Annual report of lunatic asylums [Bombay] - 1912-1922
Year: 1912
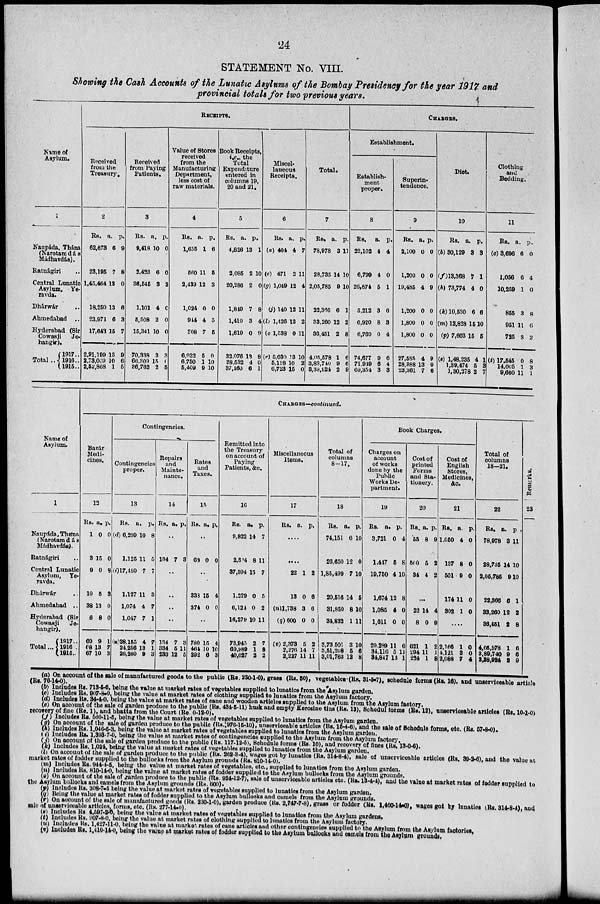
24
STATEMENT No. VIII.
Showing the Cash Accounts of the Lunatic Asylums of the Bombay Presidency for the year 1917 and
provincial totals for two previous years.
Name of
Asylum.
1
Naunáda, Thána
Narotamdás
Mádhavdás).
Ratnágiri ..
Central Lunatic
Asylum, Ye-
ravda.
Dhárwár ..
Ahmedabad ..
Hyderabad (Sir
Cowasji
Je-
hangir).
Total..
1917 ..
1916..
1915..
RECEIPTS.
Received
from the
Treasury.
2
Rs.
62,673
23,195
1,45,464
18,250
23,971
17,643
2,91,199
2,73,009
2,52,868
a.
6
7
12
13
6
15
13
10
1
p.
9
8
0
6
3
7
9
6
5
Received
from Paying
Patients.
3
Rs.
9,418
2,423
36,545
1,101
5,508
15,341
70,338
66,309
86,762
a.
10
6
3
4
2
10
3
16
2
p.
0
0
3
0
0
0
3
0
5
Value of stores
received
from the
Manufacturing
Department,
less cost of
raw materials.
4
Rs.
1,655
560
2,439
1,024
944
308
6,932
6,750
5,409
a.
1
11
12
0
4
7
5
1
9
p.
6
5
3
0
5
5
0
10
10
Book Receipts,
i.e., the
Total
Expenditure
entered in
columns 19,
20 and 21.
5
Rs.
4,826
2,085
20,286
1,819
1,410
1,619
32,076
38,532
37,160
a.
13
2
2
7
3
0
13
4
6
p.
1
10
0
8
4
9
8
0
1
Miscel-
laneous
Receipts.
6
Rs.
(a) 404
(c) 471
(g) 1,049
(i) 140
(l) 1,426
(o) 1,538
(r) 5,030
5,138
6,723
a.
4
2
12
12
12
0
13
10
15
p.
7
11
4
11
2
11
10
2
0
Total.
7
Rs.
78,978
28,735
2,05,785
22,366
33,260
36,451
4,05,578
3,89,740
8,33,924
a.
3
14
9
6
12
2
1
9
2
p.
11
10
10
1
2
8
6
6
9
CHARGES.
Establishment.
Establish-
ment
proper.
8
Rs.
22,102
6,799
26,874
5,212
6,920
6,769
74,677
71,919
69,354
a.
4
4
5
3
8
0
9
6
3
p.
4
0
1
6
3
4
6
4
3
Superin-
tendence.
9
Rs.
2,100
1,200
19,485
1,200
1,800
1,800
27,585
28,388
23,361
a.
0
0
4
0
0
0
4
13
7
p.
0
0
9
0
0
0
9
0
6
Diet.
10
Rs.
(b) 30,129
(f)13,368
(h) 73,774
(k) 10,530
(m) 12,828
(p) 7,603
(s) 1,48,235
1,39,474
1,30,278
a.
3
7
4
6
15
15
4
5
2
p.
3
1
0
6
10
5
1
3
7
Clothing
and
Bedding.
11
Rs.
(c) 3,696
1,056
10,259
855
951
725
(t) 17,545
14,005
9,660
a.
6
6
1
3
11
8
0
1
11
p.
0
4
0
8
6
2
8
3
1
Name of
Asylum.
1
Naupáda,Thána
(Narotamdás
Mádhavdás).
Ratnágiri ..
Central Lunatic
Asylum, Ye-
ravda.
Dhárwár ..
Ahmedabad ..
Hyderabad (Sir
Cowasji Je-
hangir).
Total ...
1917 ..
1916 ..
1915 ..
CHARGES—continued.
Bazár
Medi-
cines.
12
Rs.
1
3
9
10
38
6
69
68
67
a.
0
15
0
5
13
8
9
13
10
p.
0
0
8
3
0
0
1
7
3
Contingencies.
Contingencies
proper.
13
Rs.
(d) 6,299
1,125
(i)17,480
1.127
1,074
1,047
(u)28,155
24,256
26,260
a.
10
11
7
11
4
7
4
13
9
p.
8
5
7
3
7
1
7
1
3
Repairs
and
Mainte-
nance.
14
Rs. a.
p.
..
134 7 3
..
..
..
..
134
334
233
7
5
12
3
11
5
Rates
and
Taxes.
15
Rs. a.
p.
..
68 0 0
..
338
374
15
0
4
0
..
780
464
292
15
10
6
4
10
3
Remitted into
the Treasury
on account of
Paying
Patients, &c.
16
Rs.
9,822
2,894
37,594
1,229
6,124
16,279
73,945
69,989
40,027
a.
14
8
15
0
0
10
2
1
2
p.
7
11
7
5
2
11
7
8
2
Miscellaneous
Items.
17
Rs.
a. p.
..
..
22
13
(n)1,738
(q)600
(v) 2,373
2,276
2,227
1
0
3
0
5
14
11
2
6
6
0
2
7
11
Total of
columns
8—17.
18
Rs.
74,151
26,650
1,85,499
20,516
31,850
34,832
3,73,501
3,51,208
3,01,763
a.
6
12
7
14
8
1
3
5
12
p.
10
0
10
5
10
11
10
6
8
Book Charges.
Charges on
account
of works
done by the
Public
Works De-
partment.
19
Rs.
3,721
1,447
19,750
1,674
1,085
1,611
29,289
34,116
34,847
a.
0
5
4
12
4
0
11
5
13
p.
4
8
10
8
0
0
6
11
1
Cost of
printed
Forms
and Sta-
tionery.
20
Rs.
55
500
34
a.
8
5
4
p.
9
2
2
...
22
8
621
294
224
14
0
1
11
1
4
9
2
1
8
Cost of
English
Stores,
Medicines,
&c.
21
Rs.
1,050
137
501
174
302
a.
4
8
9
11
1
p.
0
0
0
0
0
....
2,166
4,121
2,088
1
3
7
0
0
4
Total of
columns
18—21.
22
Rs.
78,978
28,735
2,05,785
22,366
33,260
36,451
4,05,578
3,89,740
3,38,924
a.
3
14
9
6
12
2
1
9
2
p.
11
10
10
1
2
8
6
6
9
Remarks.
23
(a) On account of the sale of manufactured goods to the public (Rs. 230-1-0), grass (Rs. 50), vegetables (RS. 31-5-7), schedule forms (Rs. 16), and unserviceable article
(Rs. 76-14-0).
(b) Includes Rs. 713-5-6, being the value at market rates of vegetables supplied to lunatics from the Asylum garden.
(c) Includes Rs. 907-8-0, being the value at market rates of clothing supplied to lunatics from the Asylum factory.
(d) Includes Rs. 34-4-0, being the value at market rates of cane and wooden articles supplied to the Asylum from the Asylum factory.
(e) On account of the sale of garden produce to the public (Rs. 434-5-11) husk and empty Kerosine tins (Rs. 13), Schedul forms (Rs. 12), unserviceable articles (Rs. 10-1-0)
recovery of fine (Rs. 1), and bhatta from the Court (Re. 0-12-0).
(f) Includes Rs. 560-11-5, being the value at market rates of vegetables supplied to lunatics from the Asylum garden.
(g) On account of the sale of garden produce to the public (Rs.976-15-10), unserviceable articles (Rs. 15-4-6), and the sale of Schedule forms, etc. (Rs. 57-8-0).
(h) Includes Rs. 1,046-5-3, being the value at market rates of vegetables supplied to lunatics from the Asylum garden.
(i) Includes Rs. 1,393-7-0, being the value at market rates of contingencies supplied to the Asylum from the Asylum factory.
(j) On account of the sale of garden produce to the public (Rs. 117-12-5), Schedule forms (Rs. 10), and recovery of fines (Rs. 13-0-6).
(k) Includes Rs. 1,024, being the value at market rates of vegetables supplied to lunatics from the Asylum garden.
(l) On account of the sale of garden produce to the public (Rs. 262-3-4), wages got by lunatics (Rs. 314-8-4), sale of unserviceable articles (Rs. 39-2-6), and the value at
market rates of fodder supplied to the bullocks from the Asylum grounds (Rs. 810-14-0).
( m) Includes Rs. 944-4-5, being the value at market rates of vegetables, etc., supplied to lunatics from the Asylum garden.
(n) Includes Rs. 810-14-0, being the value at market rates of fodder supplied to the Asylum bullocks from the Asylum grounds.
(o) On account of the sale of garden produce to the public (Rs. 924-12-7), sale of unserviceable articles etc. (Rs. 13-4-4), and the value at market rates of fodder supplied to
the Asylum bullocks and camels from the Asylum grounds (Rs. 600).
(p) Includes Rs. 308-7-5 being the value at market rates of vegetables supplied to lunatics from the Asylum garden.
(q) Being the value at market rates of fodder supplied to the Asylum bullocks and camels from the Asylum grounds.
(r) On account of the sale of manufactured goods (Rs. 230-1-0), garden produce (Rs. 2,747-7-8), grass or fodder (Rs. 1,460-14-0), wages got by lunatics (Rs. 314-8-4), and
sale of unserviceable articles, forms, etc. (Rs. 277-14-0).
(s) Includes Rs 4,597-3-0, being the value at market rates of vegetables supplied to lunatics from the Asylum gardens.
(t) Includes Rs. 907-8-0, being the value at market rates of clothing supplied to lunatics from the Asylum factory.
(u) Includes Rs. 1,427-11-0, being the value at market rates of cane articles and other contingencies supplied to the Asylum from the Asylum factories,
(v) Includes Rs. 1,410-14-0, being the value at market rates of fodder supplied to the Asylum bullocks and camels from the Asylum grounds,